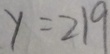
y = 2 1 9